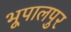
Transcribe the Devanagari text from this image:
भूपालपुर